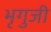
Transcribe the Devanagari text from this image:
भृगुजी